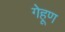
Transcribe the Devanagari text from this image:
गेहूण